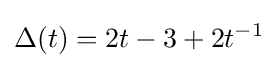
\Delta (t)=2t-3+2t^{-1}